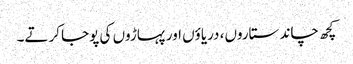
کچھ چاند ستاروں، دریاؤں اور پہاڑوں کی پوجا کرتے۔